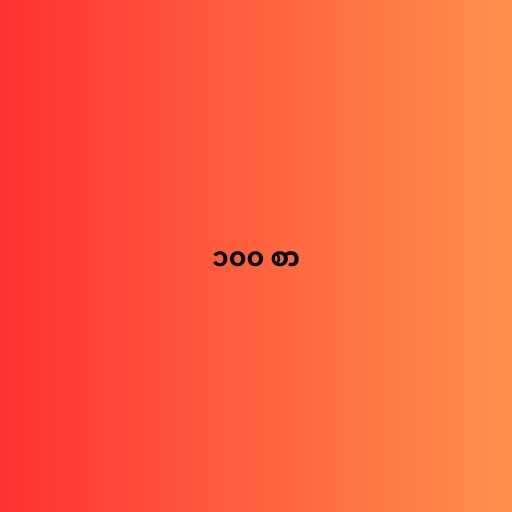
၁၀၀ စာ